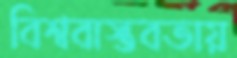
বিশ্ববাস্তবতায়